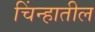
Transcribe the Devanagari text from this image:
चिंन्हातील